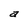
Character: a